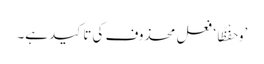
’وَحِفْظًا‘ فعل محذوف کی تاکید ہے۔